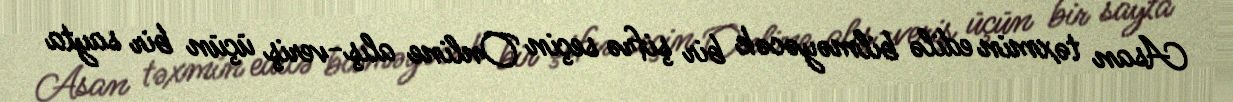
Asan təxmin edilə bilməyəcək bir şifrə seçin Online alış-veriş üçün bir sayta